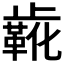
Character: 𬆌